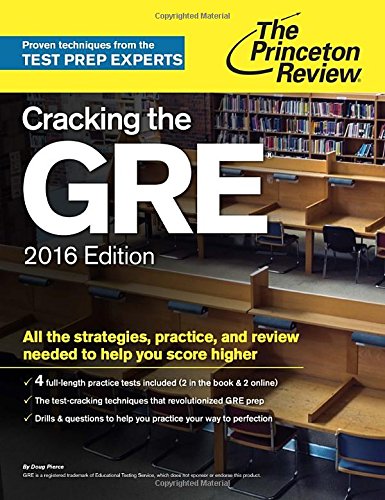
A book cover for Cracking the GRE with 4 Practice Tests, 2016 Edition (Graduate School Test Preparation); Princeton Review; Test Preparation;